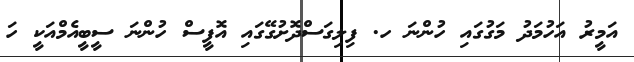
އަމީރު އަހުމަދު މަގުގައި ހުންނަ ހ. ފިލިގަސްދޮށުގޭގައި އޮފީސް ހުންނަ ސީބީއެމްއަކީ ހަ